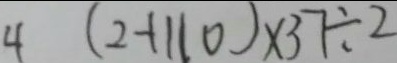
4 ( 2 + 1 1 0 ) \times 3 7 \div 2